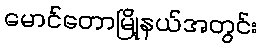
မောင်တောမြို့နယ်အတွင်း